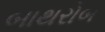
બાથરોબ